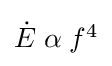
\textstyle {\dot {E}}\;\alpha \;f^{4}